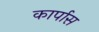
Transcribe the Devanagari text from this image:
कार्पास